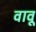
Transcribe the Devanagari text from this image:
वावू